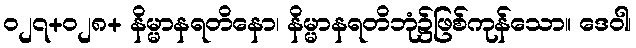
ဝ၂၇+၀၂၈+ နိမ္မာနရတိနော၊ နိမ္မာနရတိဘုံ၌ဖြစ်ကုန်သော။ ဒေဝါ၊